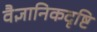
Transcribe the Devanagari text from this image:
वैज्ञानिकदृष्टि